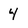
Character: 4